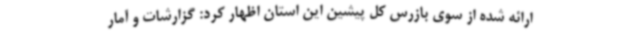
ارائه شده از سوی بازرس کل پیشین این استان اظهار کرد: گزارشات و آمار